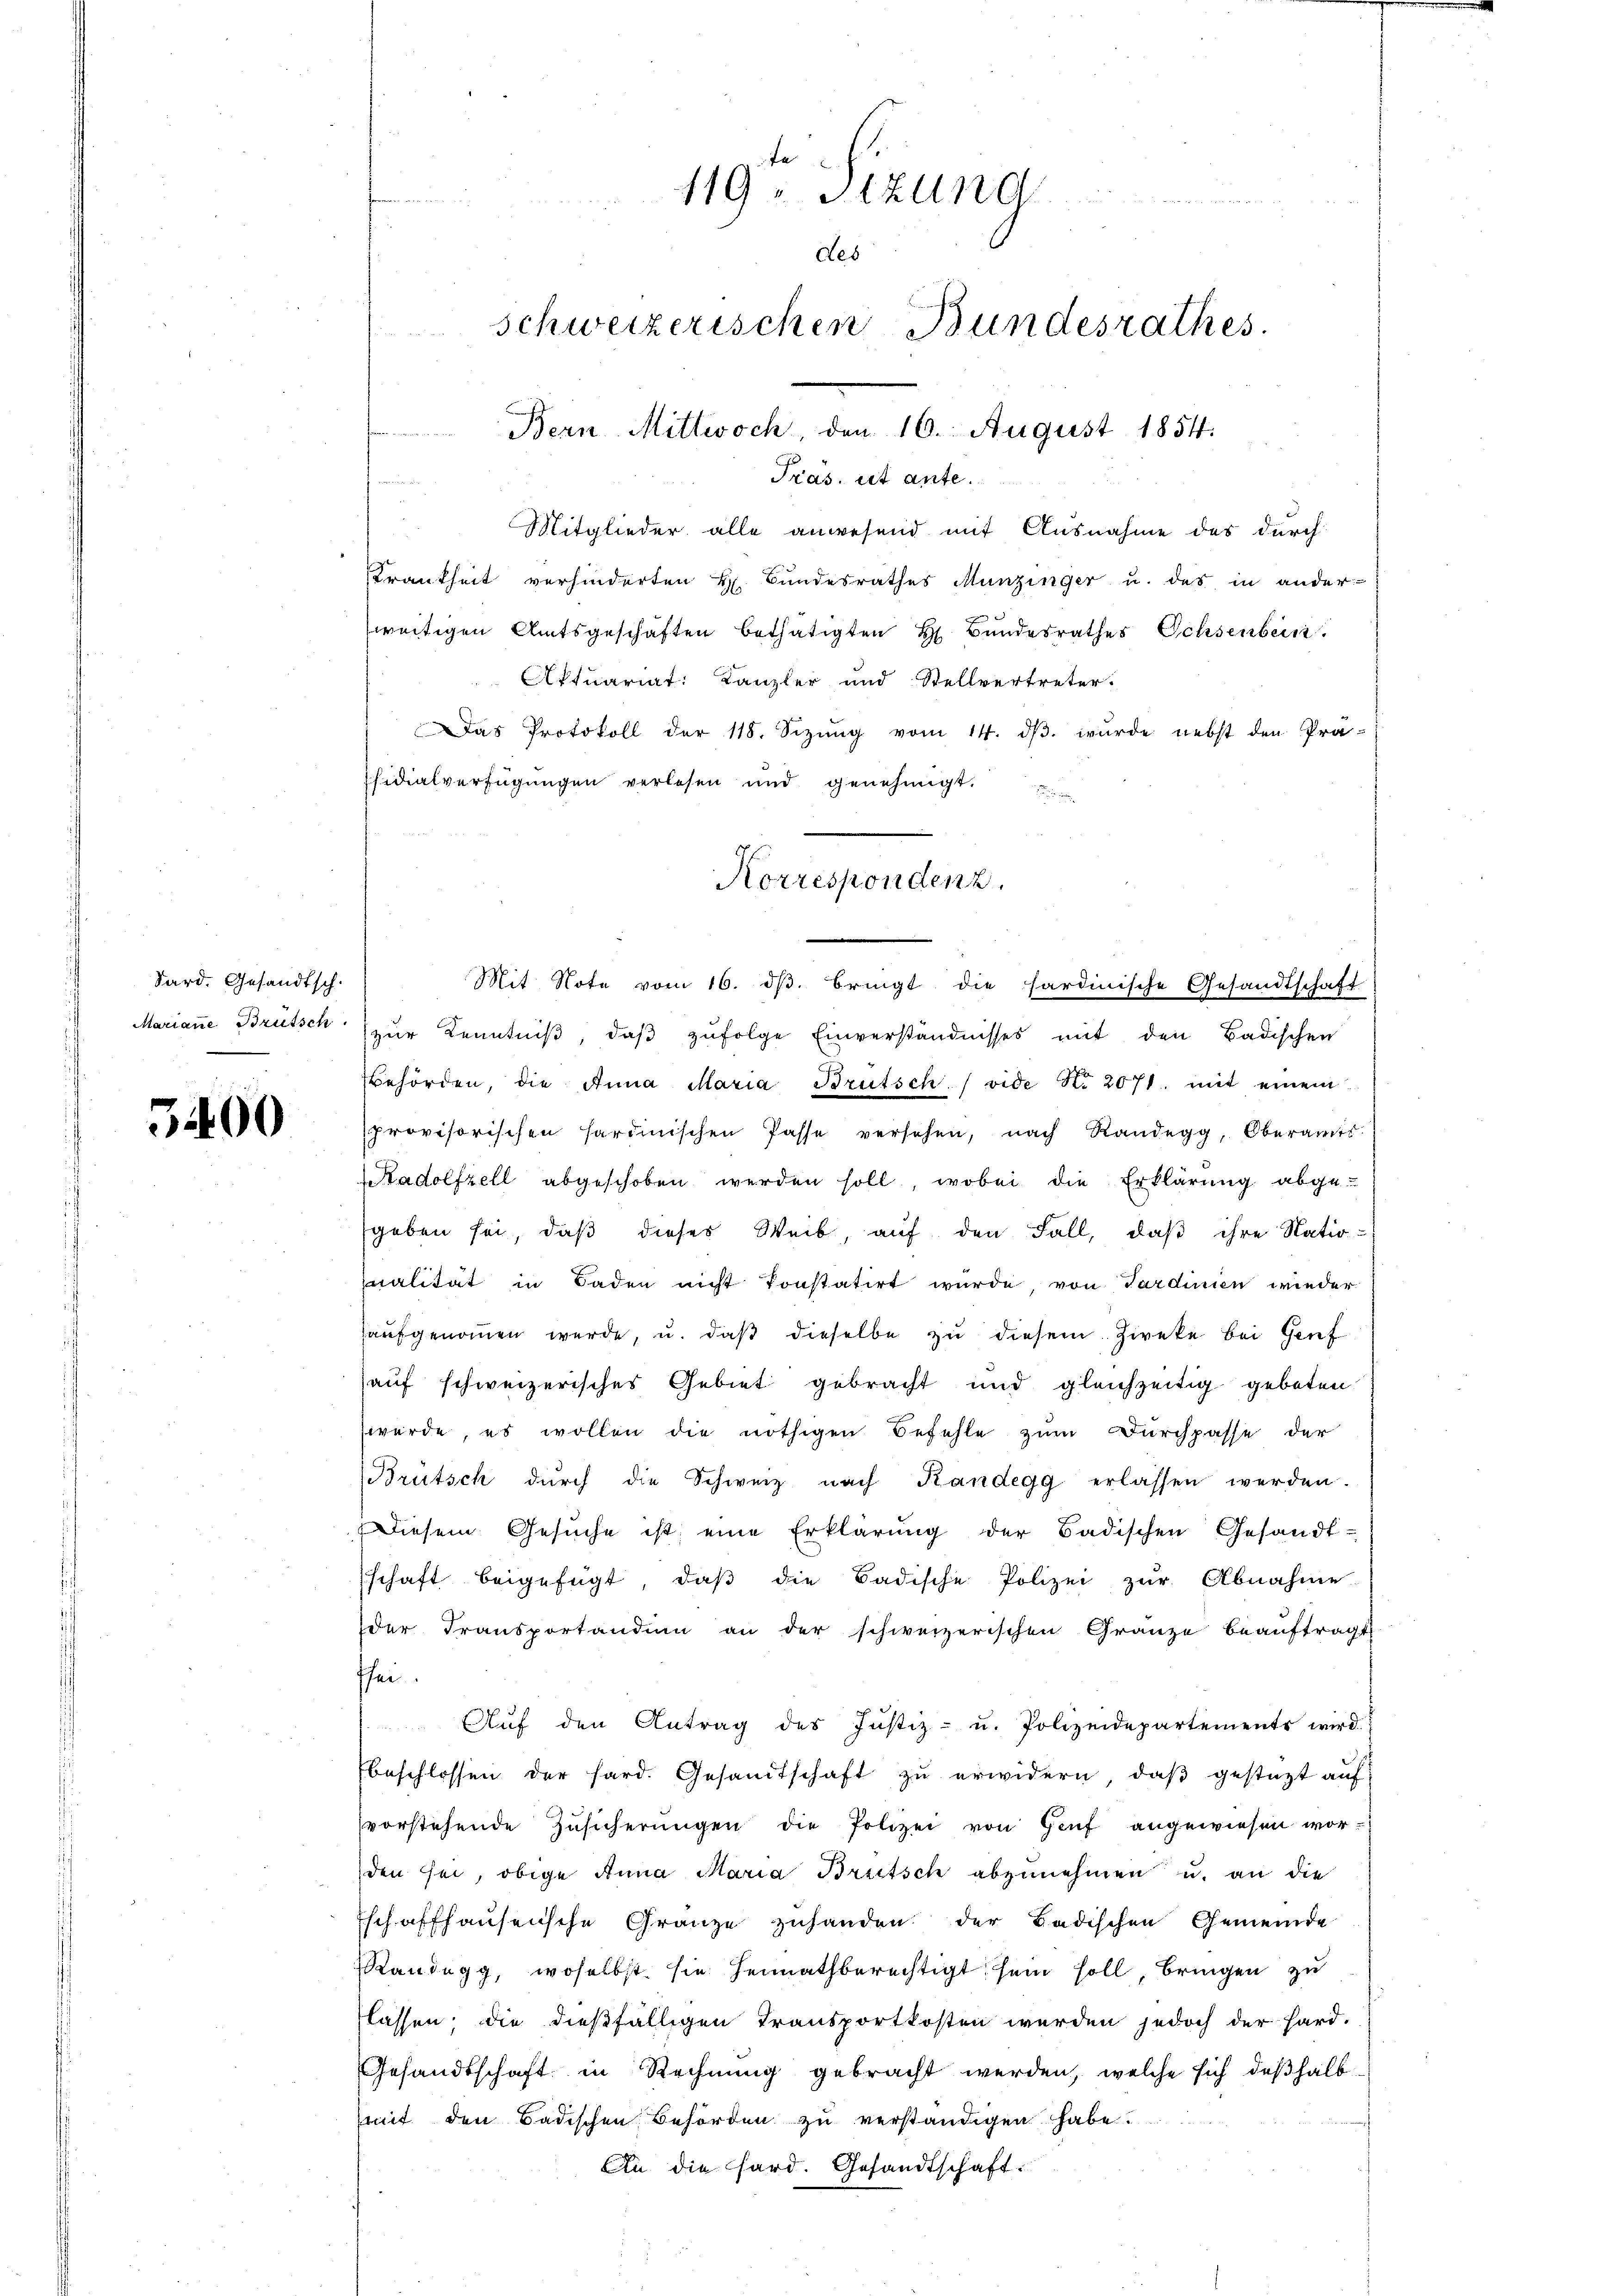
Sard. Gesandtsch.
Mariane Brütsch

3400

Pras. ist ante.
Mitglieder alle anwesend mit Ausnahme des durch
Krankheit verhinderten H. Bundesrathes Munzinger u. das in ander-
weitigen Amtsgeschäften bethätigten H. Bundesrathes Ochsenbein
Aktuariat: Kanzler und Stellvertreter.
Das Protokoll der 118. Sizung vom 14. dβ. wurde nebst den Prä-
sidialverfügungen verlesen und genehmigt.
Korrespondenz.

119ten Sizung
des
schweizerischen Bundesrathes.
Bern Mittwoch, den 16. August 1854.

Mit Note vom 16. dβ. bringt die sardinische Gesandtschaft
zur Kenntniß, daß zufolge Einverständnisses mit den Badischen
Behörden, die Anna Maria Brütsch (vide N. 2071. mit einem
provisorischen sardinischen Pässe versehen, nach Randegg, Oberamts
Radolfzell abgeschoben werden soll, wobei die Erklärung abgegeben sei, daß dieser Weib, auf den Fall, daß ihre Natio-
nalität in Baden nicht konstatirt wurde, von Sardinien wieder
aufgenommen werde, u. daβ dieselbe zu diesem Zirke bei Genf
auf schweizerisches Gebiet gebracht und gleichzeitig gebeten
würde, es wollen die nöthigen Befehle zum Durchpasse der
Brütsch dŭrch die Schweiz nach Kandegg erlassen werden.
Diesem Gesŭche ist eine Erklärŭng der Badischen Gesandt-
schaft beigefügt, daβ die Badische Polizei zŭr Abnahme
der Transportandien an der schweizerischen Gränze beauftragt
fhei
Aŭf den Antrag des Justiz- u. Polizeidepartemente wird.
beschlossen der hard. Gesandtschaft zŭ erwidern, daβ gestüzt aŭf
vorstehende Zŭsicherungen die Polizei von Genf angewiesen worden sei, obige Anna Maria Breitsch abzunehmen u. an die
Eschaffhausensche Gränze zuhanden der Badischen Gemeinde
Randegg, woselbst sie heimathberechtigt sein soll, bringen zu
flassen. Die dießfälligen Transportkosten werden jedoch der Hard-
Gesandtschaft in Rechnung gebracht werden, welche sich deßhalb
(mit den Badischen Behörden zu verständigen habe.
An die Hard. Gesandtschaft.